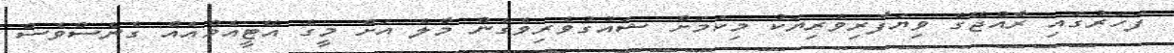
ފަހަރުގައި ރާއްޖޭގެ ވިޔަފާރިވެރިޔަކު މިކަމަށް ޝައުގުވެރިވެގެން މާލެ އަށް މީގެ އޭޓީއެމްއެއް ގެނެސްވެސް